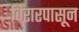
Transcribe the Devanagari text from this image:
विरारपासून